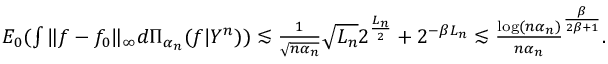
\begin{array} { r } { E _ { 0 } ( \int \| f - f _ { 0 } \| _ { \infty } d \Pi _ { \alpha _ { n } } ( f | Y ^ { n } ) ) \lesssim \frac { 1 } { \sqrt { n \alpha _ { n } } } \sqrt { L _ { n } } 2 ^ { \frac { L _ { n } } { 2 } } + 2 ^ { - \beta L _ { n } } \lesssim \frac { \log ( n \alpha _ { n } ) } { n \alpha _ { n } } ^ { \frac { \beta } { 2 \beta + 1 } } . } \end{array}